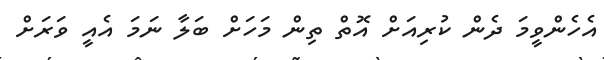
އެހެންވީމަ ދެން ކުރިއަށް އޮތް ތިން މަހަށް ބަލާ ނަމަ އެއީ ވަރަށް